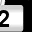
Digit: 2